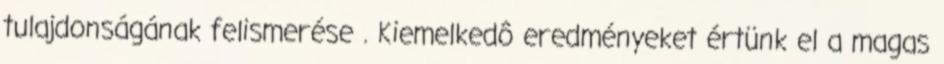
tulajdonságának felismerése . Kiemelkedô eredményeket értünk el a magas